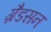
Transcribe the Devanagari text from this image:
ग्रैडसन